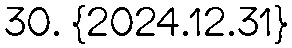
30. {2024.12.31}